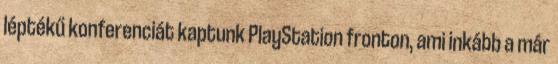
léptékű konferenciát kaptunk PlayStation fronton, ami inkább a már